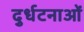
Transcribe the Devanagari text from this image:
दुर्धटनाओं